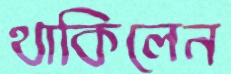
থাকিলেন